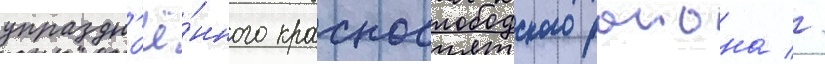
упраздн'ё́нного краснослободского раиона //